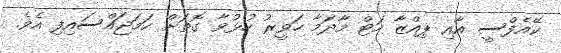
ކޭއެފްސީ އާއި ޕިއްޒާ ހަޓް މާދަމާ ހަވީރު ހުޅުވާ ގޮތަށް ހަމަޖައްސައިފި އެވެ.